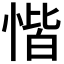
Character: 𢝷